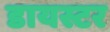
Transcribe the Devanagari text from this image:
डायस्टर